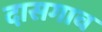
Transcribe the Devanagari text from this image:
दासगाव